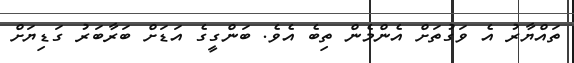
ތައްޔާރު އެ ވަގުތަށް އެންމެން ތިބެ އެވެ. ބަންގީގެ އަޑަށް ބަރާބަރު ގަޑިޔަށް